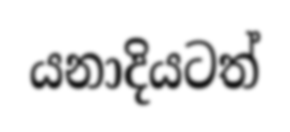
යනාදියටත්